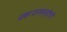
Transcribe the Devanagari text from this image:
प्रकाशनसंस्थेची